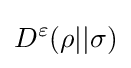
D^{\varepsilon }(\rho ||\sigma )